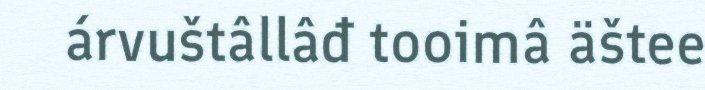
árvuštâllâđ tooimâ äštee